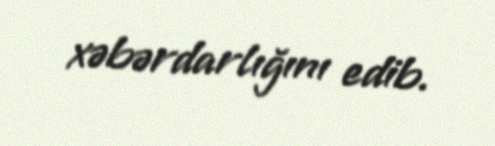
xəbərdarlığını edib.